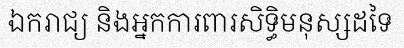
ឯករាជ្យ និងអ្នកការពារសិទ្ធិមនុស្សដទៃ